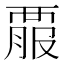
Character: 𧟱